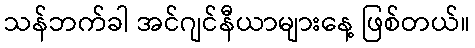
သန်ဘက်ခါ အင်ဂျင်နီယာများနေ့ ဖြစ်တယ်။